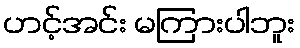
ဟင့်အင်း မကြားပါဘူး